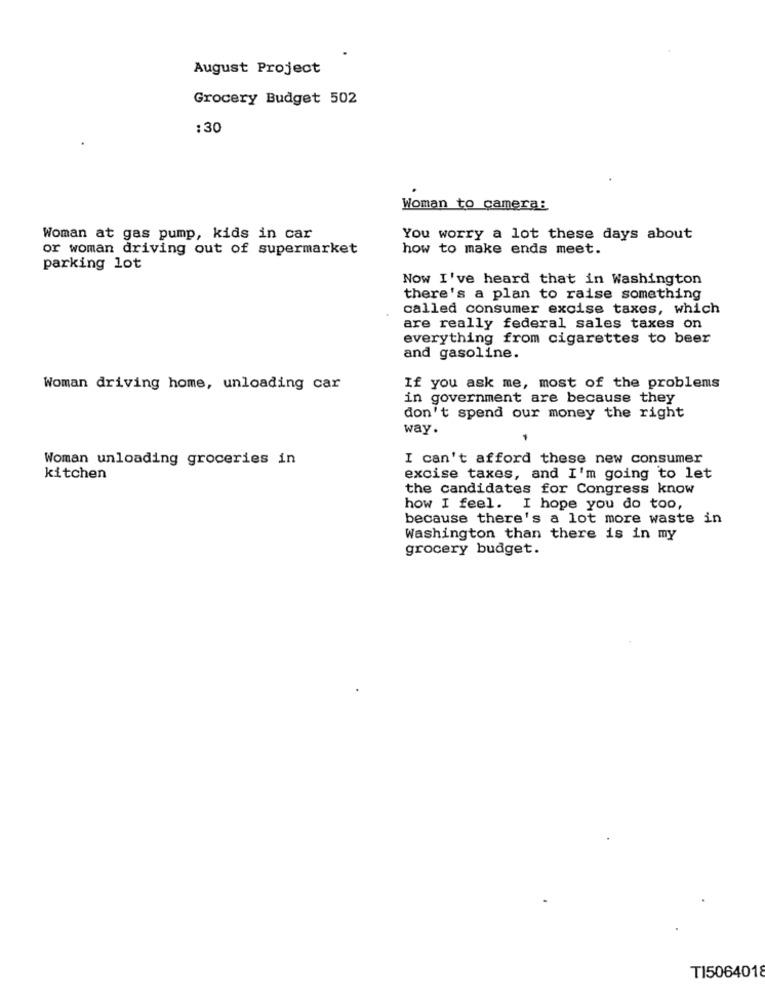
August Project
Grocery Budget 502
:30
Woman to camera:
Woman at gas pump, kids in car
You worry a lot these days about
or woman driving out of supermarket
how to make ends meet.
parking lot
Now I've heard that in Washington
there's a plan to raise something
called consumer excise taxes, which
are really federal sales taxes on
everything from cigarettes to beer
and gasoline.
Woman driving home, unloading car
If you ask me, most of the problems
in government are because they
don't spend our money the right
way.
Woman unloading groceries in
I can't afford these new consumer
kitchen
excise taxes, and I'm going to let
the candidates for Congress know
how I feel. I hope you do too,
because there's a lot more waste in
Washington than there is in my
grocery budget.
TI5064018